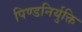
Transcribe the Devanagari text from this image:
पिण्डनिर्युक्ति